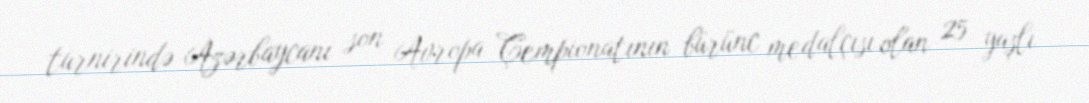
turnirində Azərbaycanı son Avropa Çempionatının bürünc medalçısı olan 25 yaşlı